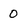
Character: O